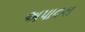
અપાવવા